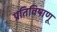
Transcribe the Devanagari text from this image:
प्रतिविषाणू